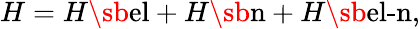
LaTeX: \begin{array}{r}{H=H\sb{\textnormal{el}}+H\sb{\textnormal{n}}+H\sb{\textnormal{el-n}},}\end{array}